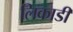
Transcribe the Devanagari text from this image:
लिकाडी